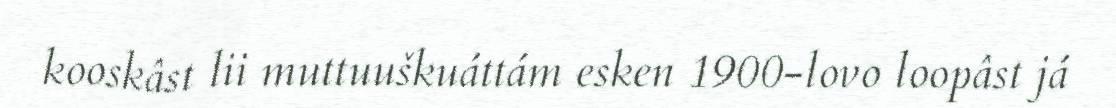
kooskâst lii muttuuškuáttám esken 1900-lovo loopâst já